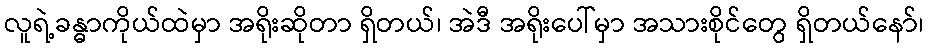
လူရဲ့ခန္ဓာကိုယ်ထဲမှာ အရိုးဆိုတာ ရှိတယ်၊ အဲဒီ အရိုးပေါ်မှာ အသားစိုင်တွေ ရှိတယ်နော်၊